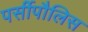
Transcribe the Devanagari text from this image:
पर्सीपौलिस